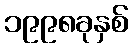
၁၉၉၈ခုနှစ်